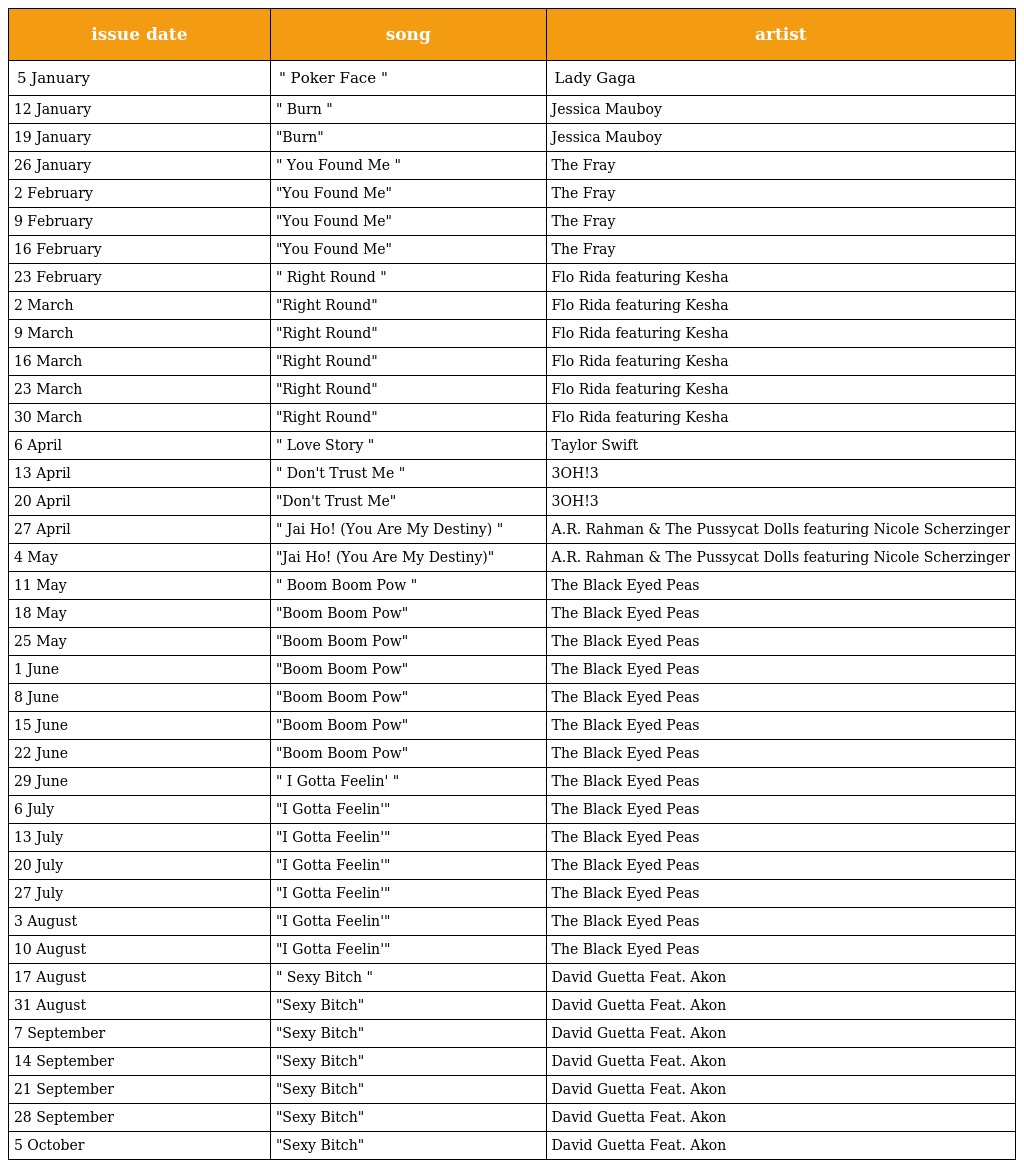
| issue date | song | artist |
 | --- | --- | --- |
 | 5 January | " Poker Face " | Lady Gaga |
 | 12 January | " Burn " | Jessica Mauboy |
 | 19 January | "Burn" | Jessica Mauboy |
 | 26 January | " You Found Me " | The Fray |
 | 2 February | "You Found Me" | The Fray |
 | 9 February | "You Found Me" | The Fray |
 | 16 February | "You Found Me" | The Fray |
 | 23 February | " Right Round " | Flo Rida featuring Kesha |
 | 2 March | "Right Round" | Flo Rida featuring Kesha |
 | 9 March | "Right Round" | Flo Rida featuring Kesha |
 | 16 March | "Right Round" | Flo Rida featuring Kesha |
 | 23 March | "Right Round" | Flo Rida featuring Kesha |
 | 30 March | "Right Round" | Flo Rida featuring Kesha |
 | 6 April | " Love Story " | Taylor Swift |
 | 13 April | " Don't Trust Me " | 3OH!3 |
 | 20 April | "Don't Trust Me" | 3OH!3 |
 | 27 April | " Jai Ho! (You Are My Destiny) " | A.R. Rahman & The Pussycat Dolls featuring Nicole Scherzinger |
 | 4 May | "Jai Ho! (You Are My Destiny)" | A.R. Rahman & The Pussycat Dolls featuring Nicole Scherzinger |
 | 11 May | " Boom Boom Pow " | The Black Eyed Peas |
 | 18 May | "Boom Boom Pow" | The Black Eyed Peas |
 | 25 May | "Boom Boom Pow" | The Black Eyed Peas |
 | 1 June | "Boom Boom Pow" | The Black Eyed Peas |
 | 8 June | "Boom Boom Pow" | The Black Eyed Peas |
 | 15 June | "Boom Boom Pow" | The Black Eyed Peas |
 | 22 June | "Boom Boom Pow" | The Black Eyed Peas |
 | 29 June | " I Gotta Feelin' " | The Black Eyed Peas |
 | 6 July | "I Gotta Feelin'" | The Black Eyed Peas |
 | 13 July | "I Gotta Feelin'" | The Black Eyed Peas |
 | 20 July | "I Gotta Feelin'" | The Black Eyed Peas |
 | 27 July | "I Gotta Feelin'" | The Black Eyed Peas |
 | 3 August | "I Gotta Feelin'" | The Black Eyed Peas |
 | 10 August | "I Gotta Feelin'" | The Black Eyed Peas |
 | 17 August | " Sexy Bitch " | David Guetta Feat. Akon |
 | 31 August | "Sexy Bitch" | David Guetta Feat. Akon |
 | 7 September | "Sexy Bitch" | David Guetta Feat. Akon |
 | 14 September | "Sexy Bitch" | David Guetta Feat. Akon |
 | 21 September | "Sexy Bitch" | David Guetta Feat. Akon |
 | 28 September | "Sexy Bitch" | David Guetta Feat. Akon |
 | 5 October | "Sexy Bitch" | David Guetta Feat. Akon |